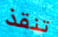
تنقذ